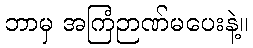
ဘာမှ အကြံဉာဏ်မပေးနဲ့။